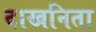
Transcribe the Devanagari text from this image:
दाखनिता